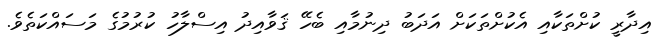
އިދާރީ ކުށްތަކާއި އެކުށްތަކަށް އަދަބު ދިނުމާއި ބެހޭ ޤަވާއިދު އިސްލާހު ކުރުމުގެ މަސައްކަތެވެ.